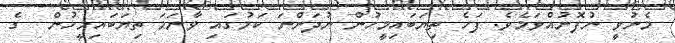
މެނުވީ ނުފޮނުއްވަމެވެ. ފަހެ ތިޔަބައިމީހުން ނުދަންނަ ކަމުގައި ވާނަމަ ތިޔަބައިމީހުން  ގެ